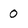
Character: 0